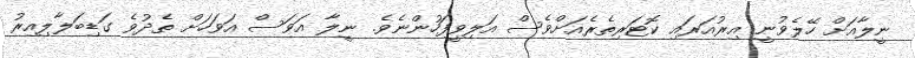
ނީލާއަށް ހޭލެވުނީ އިރުއަރައި ކޮޓަރިތެރެއަށްވެސް އަލިވީފަހުންނެވެ. ނީލާ އަވަސް އަވަހަށް ތެދުވެ ގަޑިބަލާލިއިރު